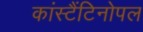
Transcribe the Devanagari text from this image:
कांस्टैंटिनोपल